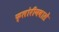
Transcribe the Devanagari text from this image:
फ्लोरीनवाले